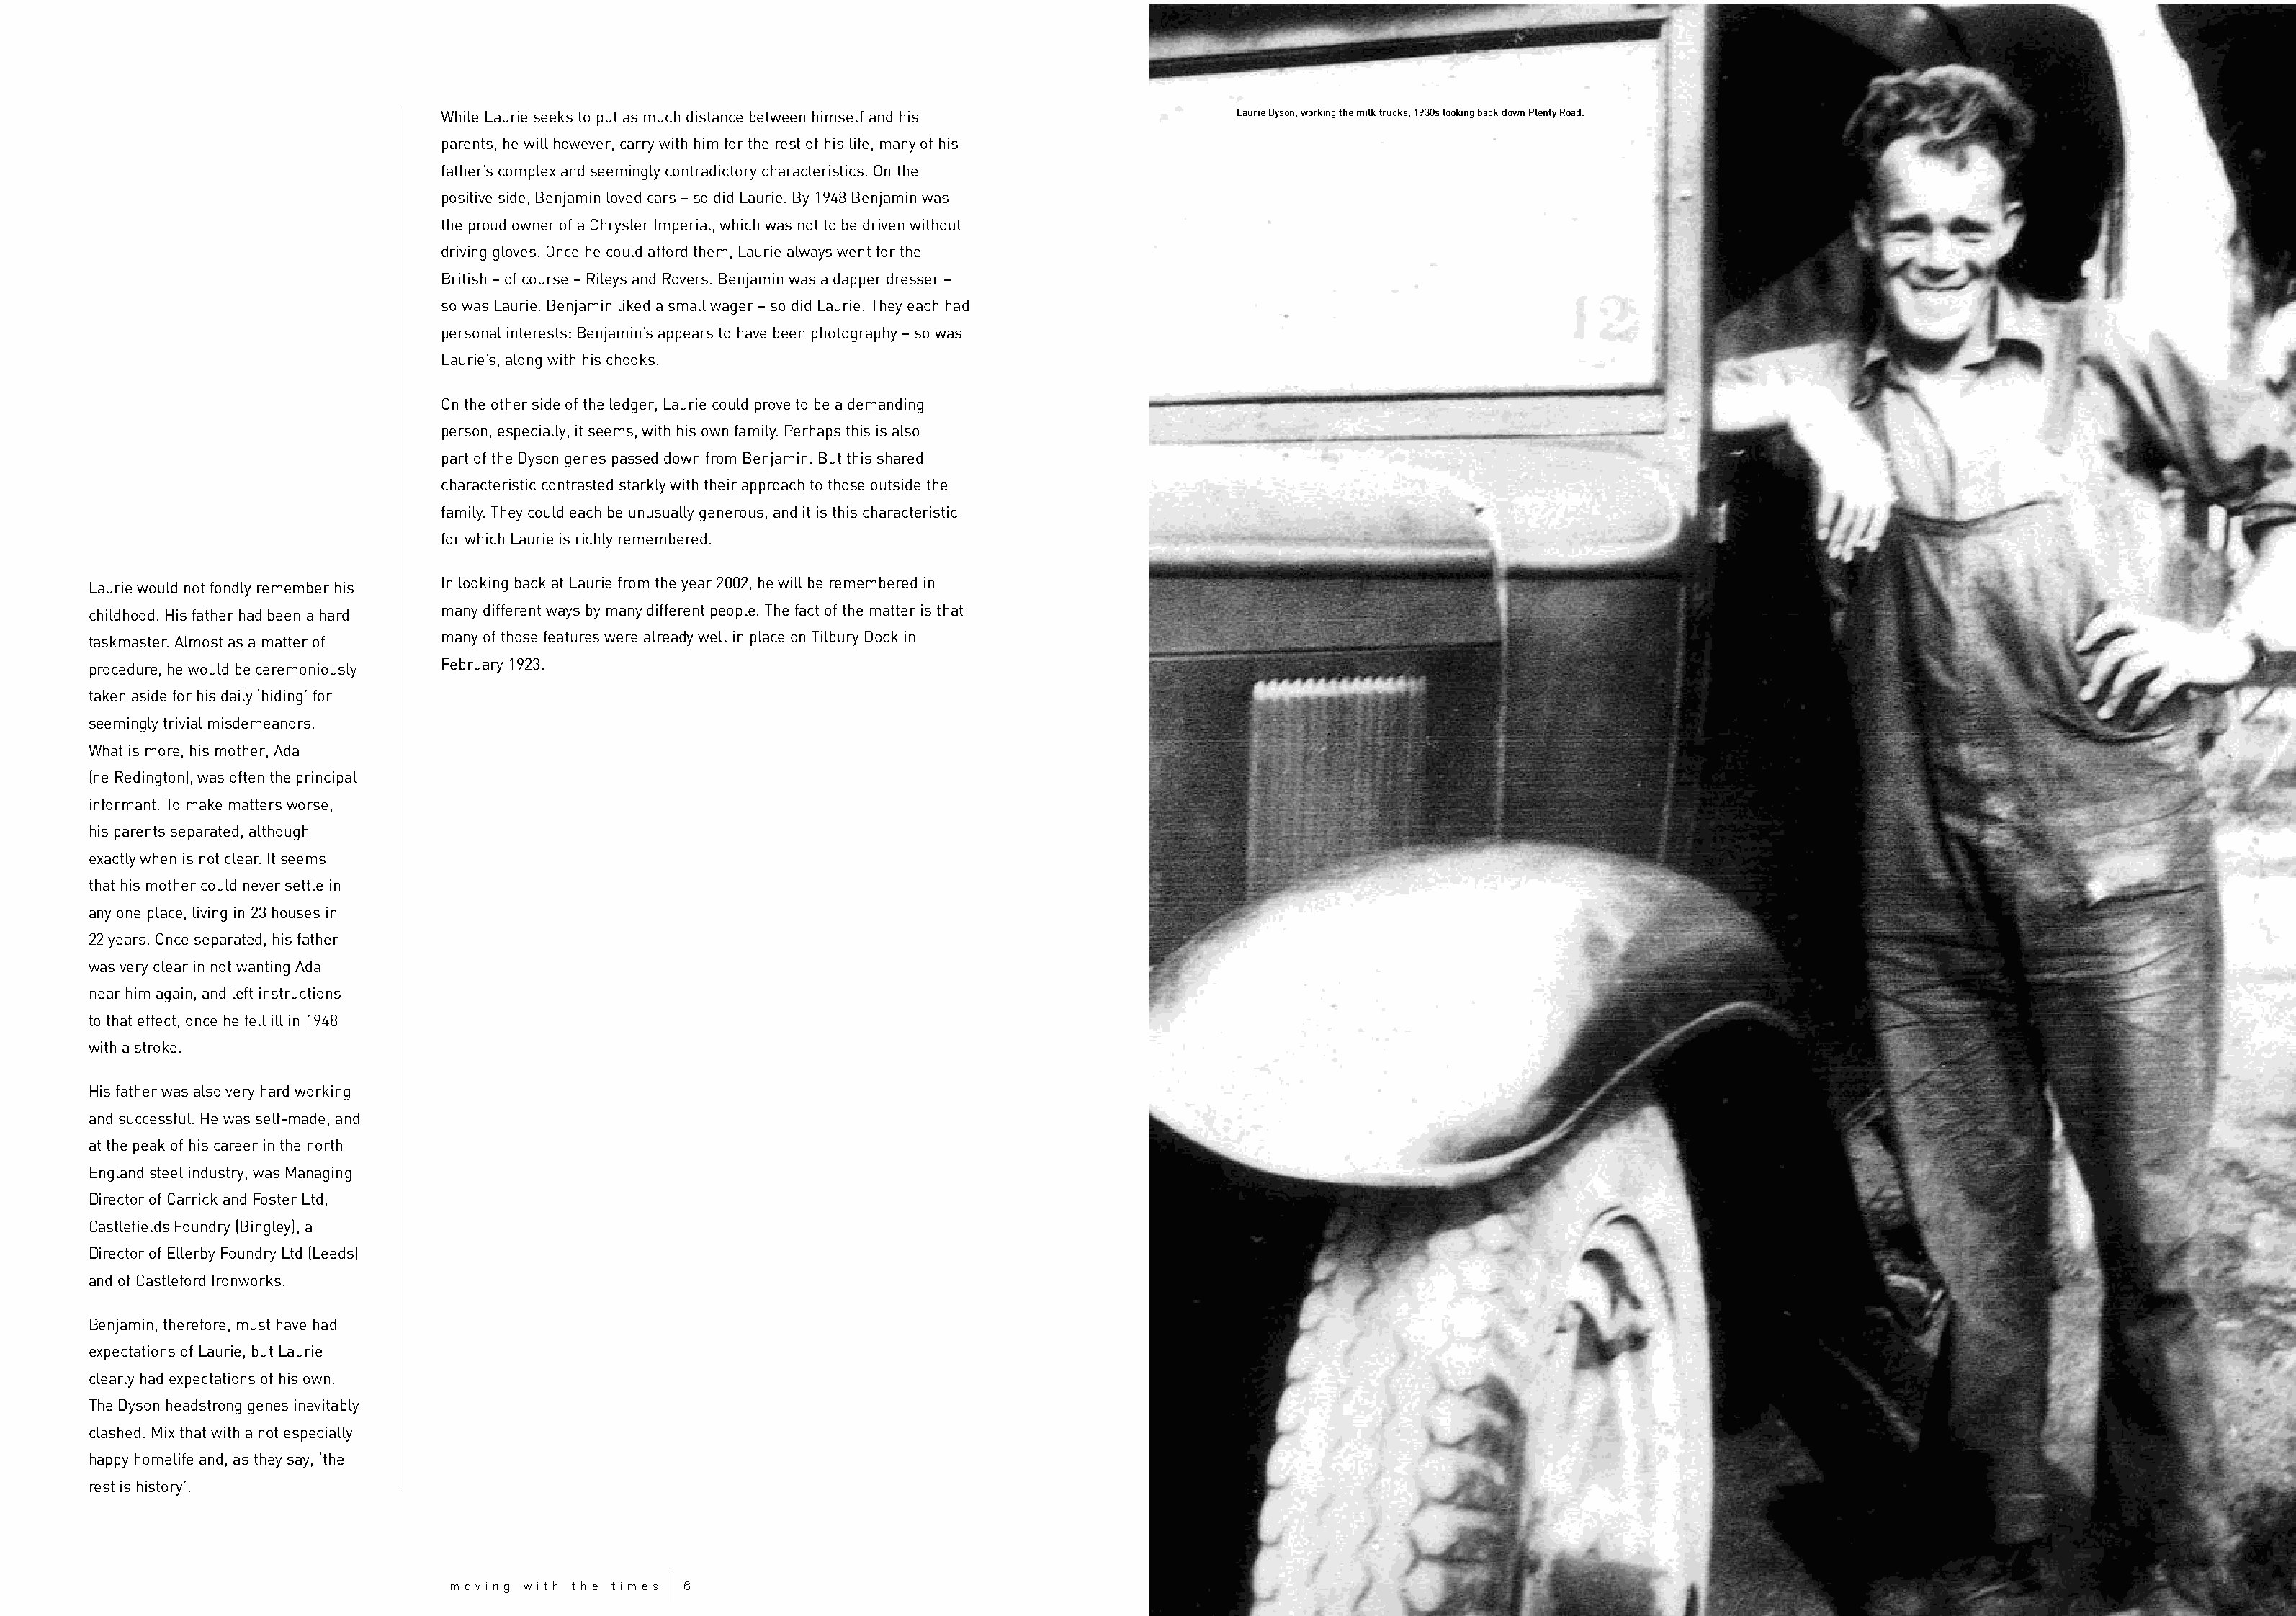
While Laurie seeks to put as much distance between himself and his       Laurie Dyson, working the milk trucks, 1930s looking back down Plenty Road.
 parents, he will however, carry with him for the rest of his life, many of his
 father’s complex and seemingly contradictory characteristics. On the
 positive side, Benjamin loved cars – so did Laurie. By 1948 Benjamin was
 the proud owner of a Chrysler Imperial, which was not to be driven without
 driving gloves. Once he could afford them, Laurie always went for the
 British – of course – Rileys and Rovers. Benjamin was a dapper dresser –
 so was Laurie. Benjamin liked a small wager – so did Laurie. They each had
 personal interests: Benjamin’s appears to have been photography – so was
 Laurie’s, along with his chooks.
 On the other side of the ledger, Laurie could prove to be a demanding
 person, especially, it seems, with his own family. Perhaps this is also
 part of the Dyson genes passed down from Benjamin. But this shared
 characteristic contrasted starkly with their approach to those outside the
 family. They could each be unusually generous, and it is this characteristic
 for which Laurie is richly remembered.
 In looking back at Laurie from the year 2002, he will be remembered in
 Laurie would not fondly remember his
 many different ways by many different people. The fact of the matter is that
 childhood. His father had been a hard
 many of those features were already well in place on Tilbury Dock in
 taskmaster. Almost as a matter of
 February 1923.
 procedure, he would be ceremoniously
 taken aside for his daily ‘hiding’ for
 seemingly trivial misdemeanors.
 What is more, his mother, Ada
 (ne Redington), was often the principal
 informant. To make matters worse,
 his parents separated, although
 exactly when is not clear. It seems
 that his mother could never settle in
 any one place, living in 23 houses in
 22 years. Once separated, his father
 was very clear in not wanting Ada
 near him again, and left instructions
 to that effect, once he fell ill in 1948
 with a stroke.
 His father was also very hard working
 and successful. He was self-made, and
 at the peak of his career in the north
 England steel industry, was Managing
 Director of Carrick and Foster Ltd,
 Castlefields Foundry (Bingley), a
 Director of Ellerby Foundry Ltd (Leeds)
 and of Castleford Ironworks.
 Benjamin, therefore, must have had
 expectations of Laurie, but Laurie
 clearly had expectations of his own.
 The Dyson headstrong genes inevitably
 clashed. Mix that with a not especially
 happy homelife and, as they say, ‘the
 rest is history’.
 m o v i n g w i t h t h e t i m e s 6